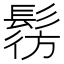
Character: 𩭔